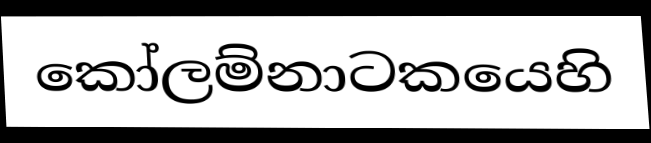
කෝලම්නාටකයෙහි